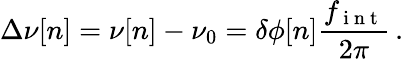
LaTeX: \Delta\nu[n]=\nu[n]-\nu_{0}=\delta\phi[n]\frac{f_{\mathrm{~i~n~t~}}}{2\pi}\, .